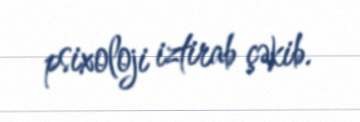
psixoloji iztirab çəkib.